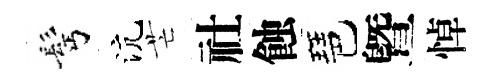
髩沆芒社蝕琶曁悼